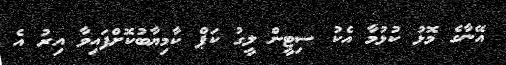
އޭނާގެ މޮޅު ކުޅުމާ އެކު ސިޓީން ލީގު ކަޕް ކާމިޔާބުކޮށްފައިވާ އިރު އެ